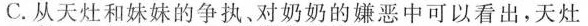
C.从天灶和妹妹的争执、对奶奶的嫌恶中可以看出，天灶